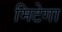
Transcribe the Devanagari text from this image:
मिटेगा